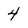
Character: 4